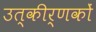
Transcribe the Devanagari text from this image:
उत्‍कीर्णकों